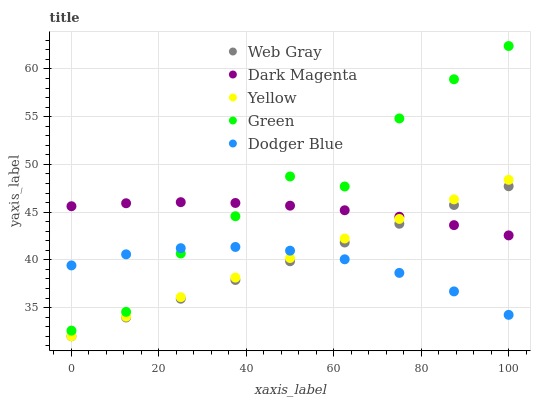
| xaxis_label | Web Gray | Dark Magenta | Yellow | Green | Dodger Blue |
 | --- | --- | --- | --- | --- | --- |
 | 0 | 32 | 45.6 | 32 | 32.6 | 39.4 |
 | 12.5 | 34 | 45.9 | 34 | 34.6 | 40.6 |
 | 25 | 35.9 | 46 | 36.1 | 40.7 | 41.2 |
 | 37.5 | 37.9 | 46 | 38.1 | 44.6 | 41.4 |
 | 50 | 39.9 | 45.7 | 40.2 | 48.7 | 41 |
 | 62.5 | 41.8 | 45.2 | 42.2 | 47.7 | 40.1 |
 | 75 | 43.8 | 44.5 | 44.3 | 54.8 | 38.6 |
 | 87.5 | 45.7 | 43.6 | 46.3 | 58.9 | 36.7 |
 | 100 | 47.7 | 42.6 | 48.4 | 62.4 | 34.2 |